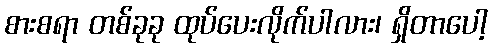
စားစရာ တစ်ခုခု ထုပ်ပေးလိုက်ပါလား၊ ရှိတာပေါ့